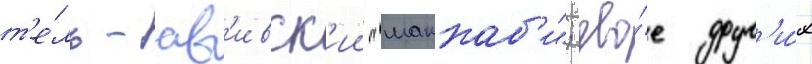
т'е́ль-ав'ивск'ии "маккаб'и"; дво́е друг'и́х